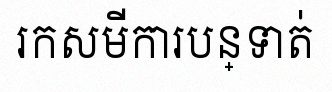
រកសមីការបន្ទាត់